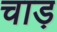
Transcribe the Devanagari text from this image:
चाड़